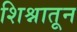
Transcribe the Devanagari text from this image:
शिश्नातून